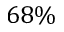
6 8 \%